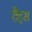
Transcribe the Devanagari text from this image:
शैंट्स